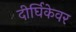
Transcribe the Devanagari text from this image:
दीर्घिकेवर